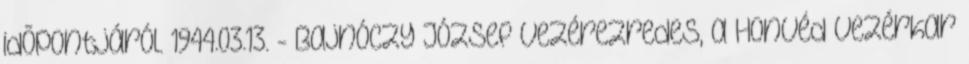
idõpontjáról. 1944.03.13. - Bajnóczy József vezérezredes, a Honvéd Vezérkar